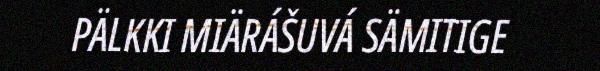
PÄLKKI MIÄRÁŠUVÁ SÄMITIGE